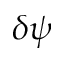
\delta \psi